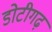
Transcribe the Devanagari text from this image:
डोटीगढ़